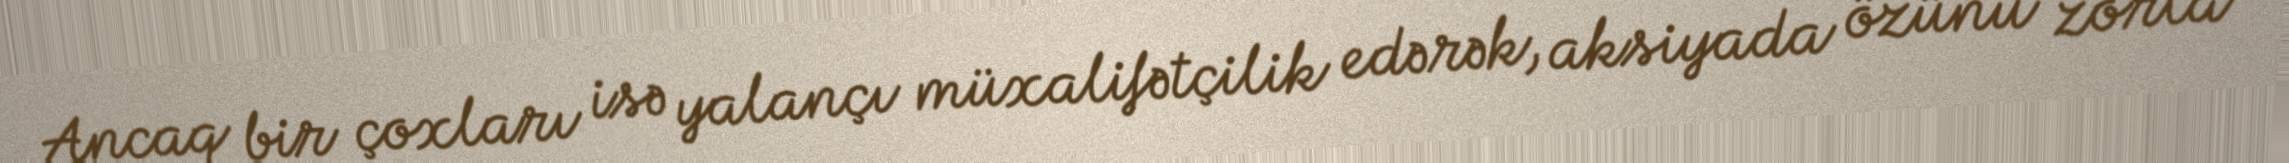
Ancaq bir çoxları isə yalançı müxalifətçilik edərək, aksiyada özünü zorla